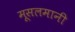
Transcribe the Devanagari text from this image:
मूसलमानी